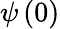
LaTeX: \psi\left(0\right)